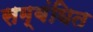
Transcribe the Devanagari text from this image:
सम्बंघित